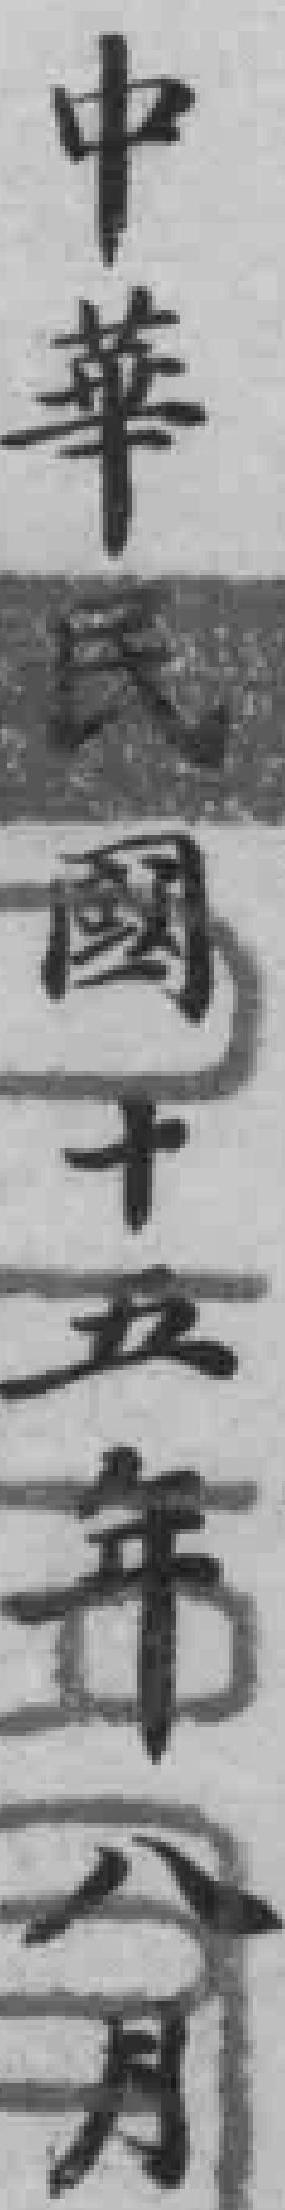
中華民国十五年八月